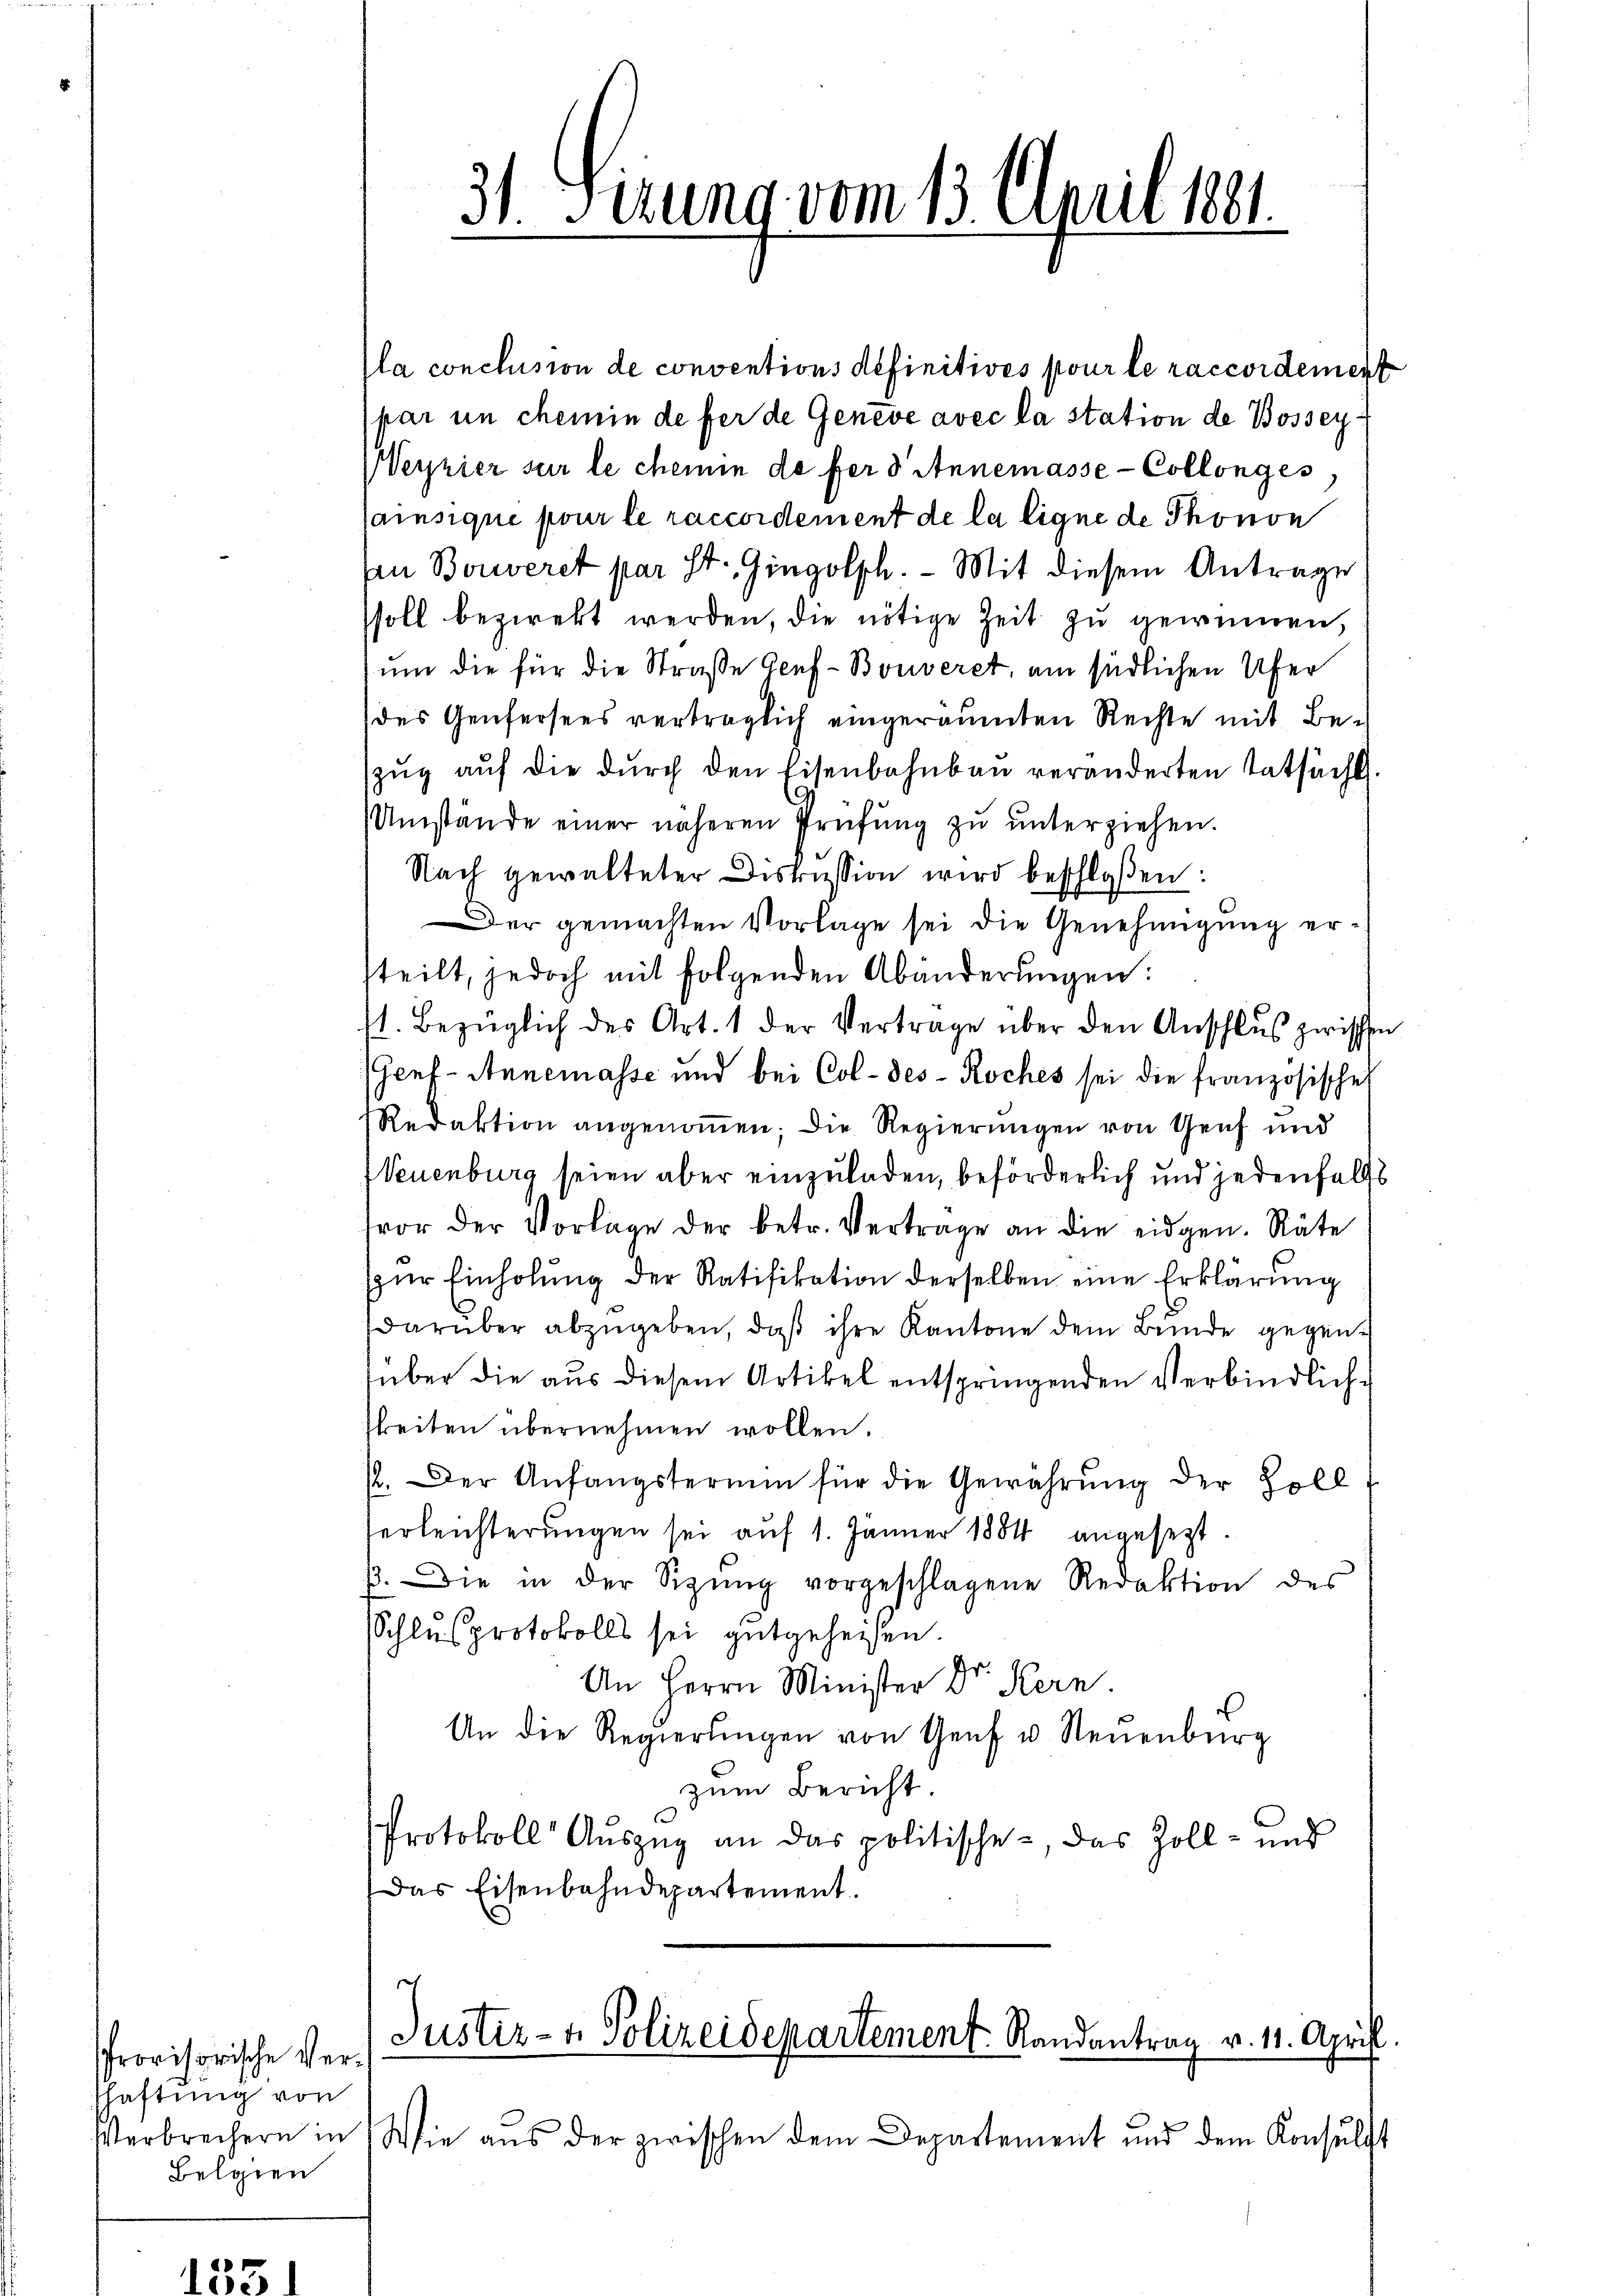
Provisorische Verschaftung von
Verbrechern in
Belgien

Ila conclusion de conventions definitives pour le raccordement
par un chemin de fer de Geneve avec la station de Bossey¬
Weyzier sur le chemin de fer 3 Annemasse-Collonges,
ainsique pour le raccordement de la ligne de Thonon
sen Bouveret par St. Gingolph. - Mit diesem Antrage
ssoll bezwekt werden, die nötige Zeit zu gewinnen,
um die für die Straße Genf-Bouveret, am südlichen Ufer
des Genfersees verträglich eingeräumten Rechte mit Be-
zŭg aŭf die dŭrch den Eisenbahnbaŭ veränderten tatsächl.
Umstände einer näheren Prüfŭng zŭ ŭnterziehen.
Nach gewalteter Diskussion wird beschloßen:
Der gemachten Vorlage sei die Genehmigung ersteilt, jedoch mit folgenden Abänderŭngen:
st. Bezüglich des Art. 1 der Vertrage über den Anschluß zwischen
Genf - Annemasse und bei Col-des- Roches sei die französisches
Redaktion angenoṁen, die Regierungen von Genf und
Neuenburg seien aber einzuladen, beförderlich und jedenfalls
vor der Vorlage der betr. Vertrage an die eidgen. Räte
zŭr Einholung der Ratifikation derselben eine Erklärung
darüber abzugeben, daß ihre Kantone dem Bunde gegenüber die aus diesem Artikel entspringenden Verbindlich-
beiten übernehmen wollen.
/2. Der Anfängstermin für die Gewährŭng der Holl-
serleichterungen sei auf 1. Jänner 1884 angesetzt.
. Die in der Sitzŭng vorgeschlagene Redaktion des
Schlussprotokolls sei gutgeheisen
An Herrn Minister Dr. Kern.
An die Regierŭngen von Genf u. Neuenburg
zum Bericht
Protokoll Aŭszŭg an das politische, das Zoll- und
Das Eisenbahndepartement.

31. Jezung vom 13. April 1881.
de

Justiz- & Polizeidepartement Randantrag v. 11. Aprill.

Wie aŭs der zwischen dem Departement und dem Konsulst